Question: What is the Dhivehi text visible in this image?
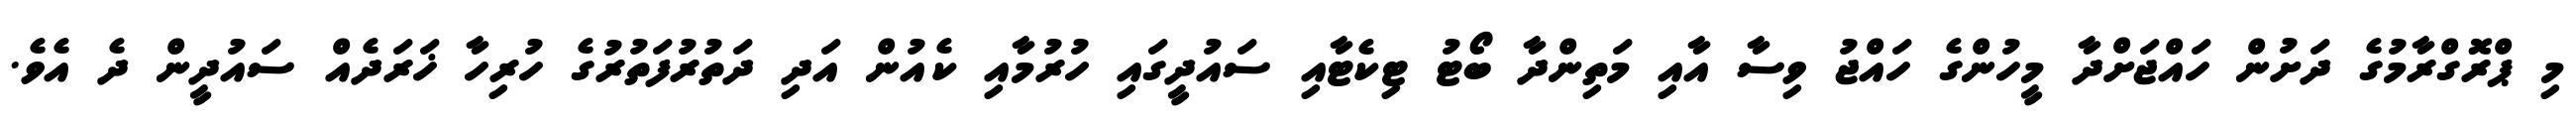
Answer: މި ޕްރޮގްރާމުގެ ދަށުން ހައްޖަށްދާ މީހުންގެ ހައްޖު ވިސާ އާއި މަތިންދާ ބޯޓު ޓިކެޓާއި ސައުދީގައި ހުރުމާއި ކެއުން އަދި ދަތުރުފަތުރުގެ ހުރިހާ ޚަރަދެއް ސައުދީން ދެ އެވެ.